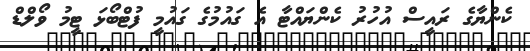
ކެންޔާގެ ރައީސް އުހުރު ކެންޔައްޓާ އެ ގައުމުގެ ގައުމީ ފުޓްބޯޅަ ޓީމު ވޯލްޑް